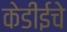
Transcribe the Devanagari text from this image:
केडीईचे